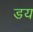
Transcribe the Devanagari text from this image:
डय